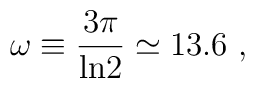
\omega\equiv {3\pi\over{{\rm ln}2}}\simeq 13.6\ ,